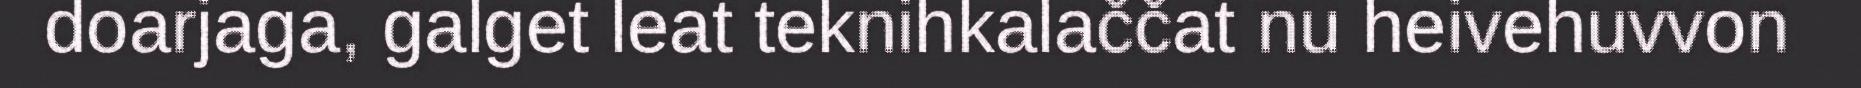
doarjaga, galget leat teknihkalaččat nu heivehuvvon